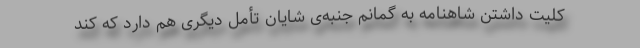
کلیت داشتن شاهنامه به گمانم جنبه‌ی شایان تأمل دیگری هم دارد که کند